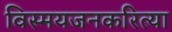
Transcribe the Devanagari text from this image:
विस्मयजनकरित्या